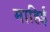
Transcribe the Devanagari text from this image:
माहिई